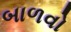
બાળવો